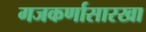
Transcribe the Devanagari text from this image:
गजकर्णासारखा